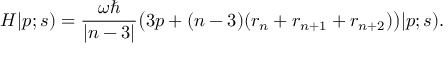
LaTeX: H | p ; s ) = { \frac { \omega \hbar } { | n - 3 | } } \big ( 3 p + ( n - 3 ) ( r _ { n } + r _ { n + 1 } + r _ { n + 2 } ) \big ) | p ; s ) .